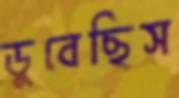
ডুবেছিস